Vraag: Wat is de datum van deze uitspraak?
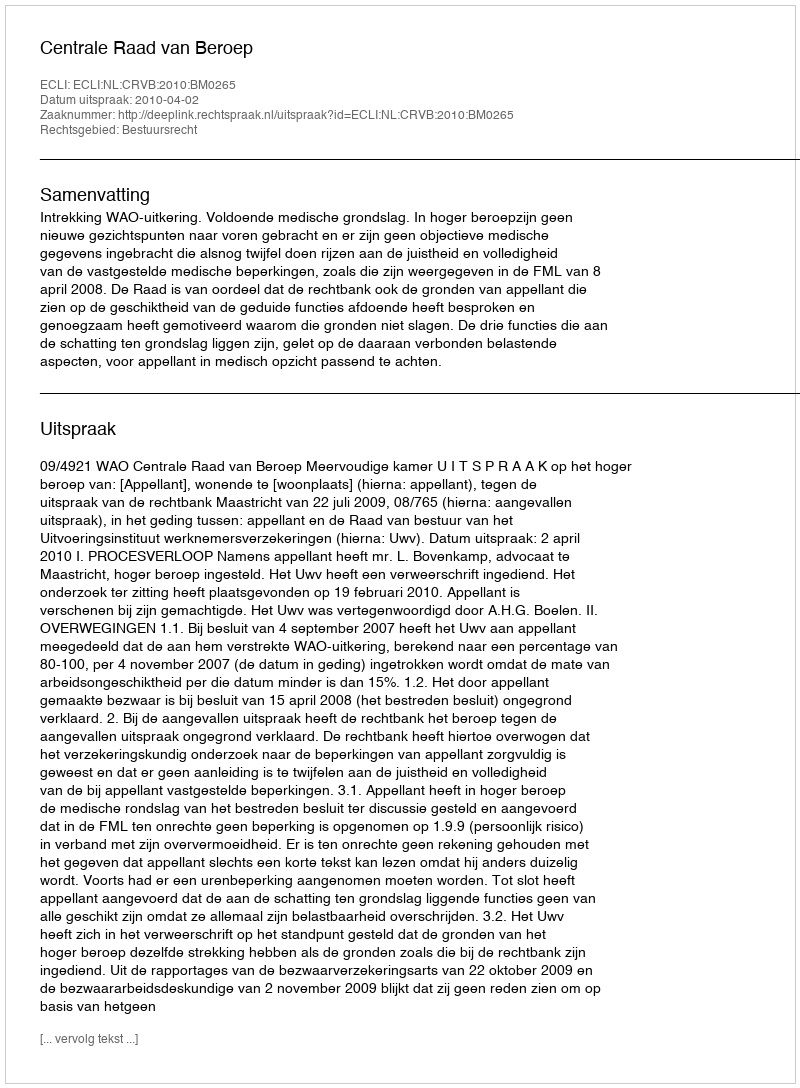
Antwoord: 2010-04-02